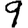
Digit: 9